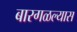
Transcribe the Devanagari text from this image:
बारगळल्यास